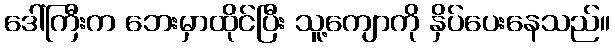
ဒေါ်ကြီးက ဘေးမှာထိုင်ပြီး သူ့ကျောကို နှိပ်ပေးနေသည်။